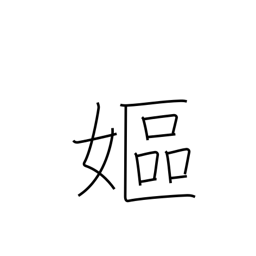
Meaning: old woman